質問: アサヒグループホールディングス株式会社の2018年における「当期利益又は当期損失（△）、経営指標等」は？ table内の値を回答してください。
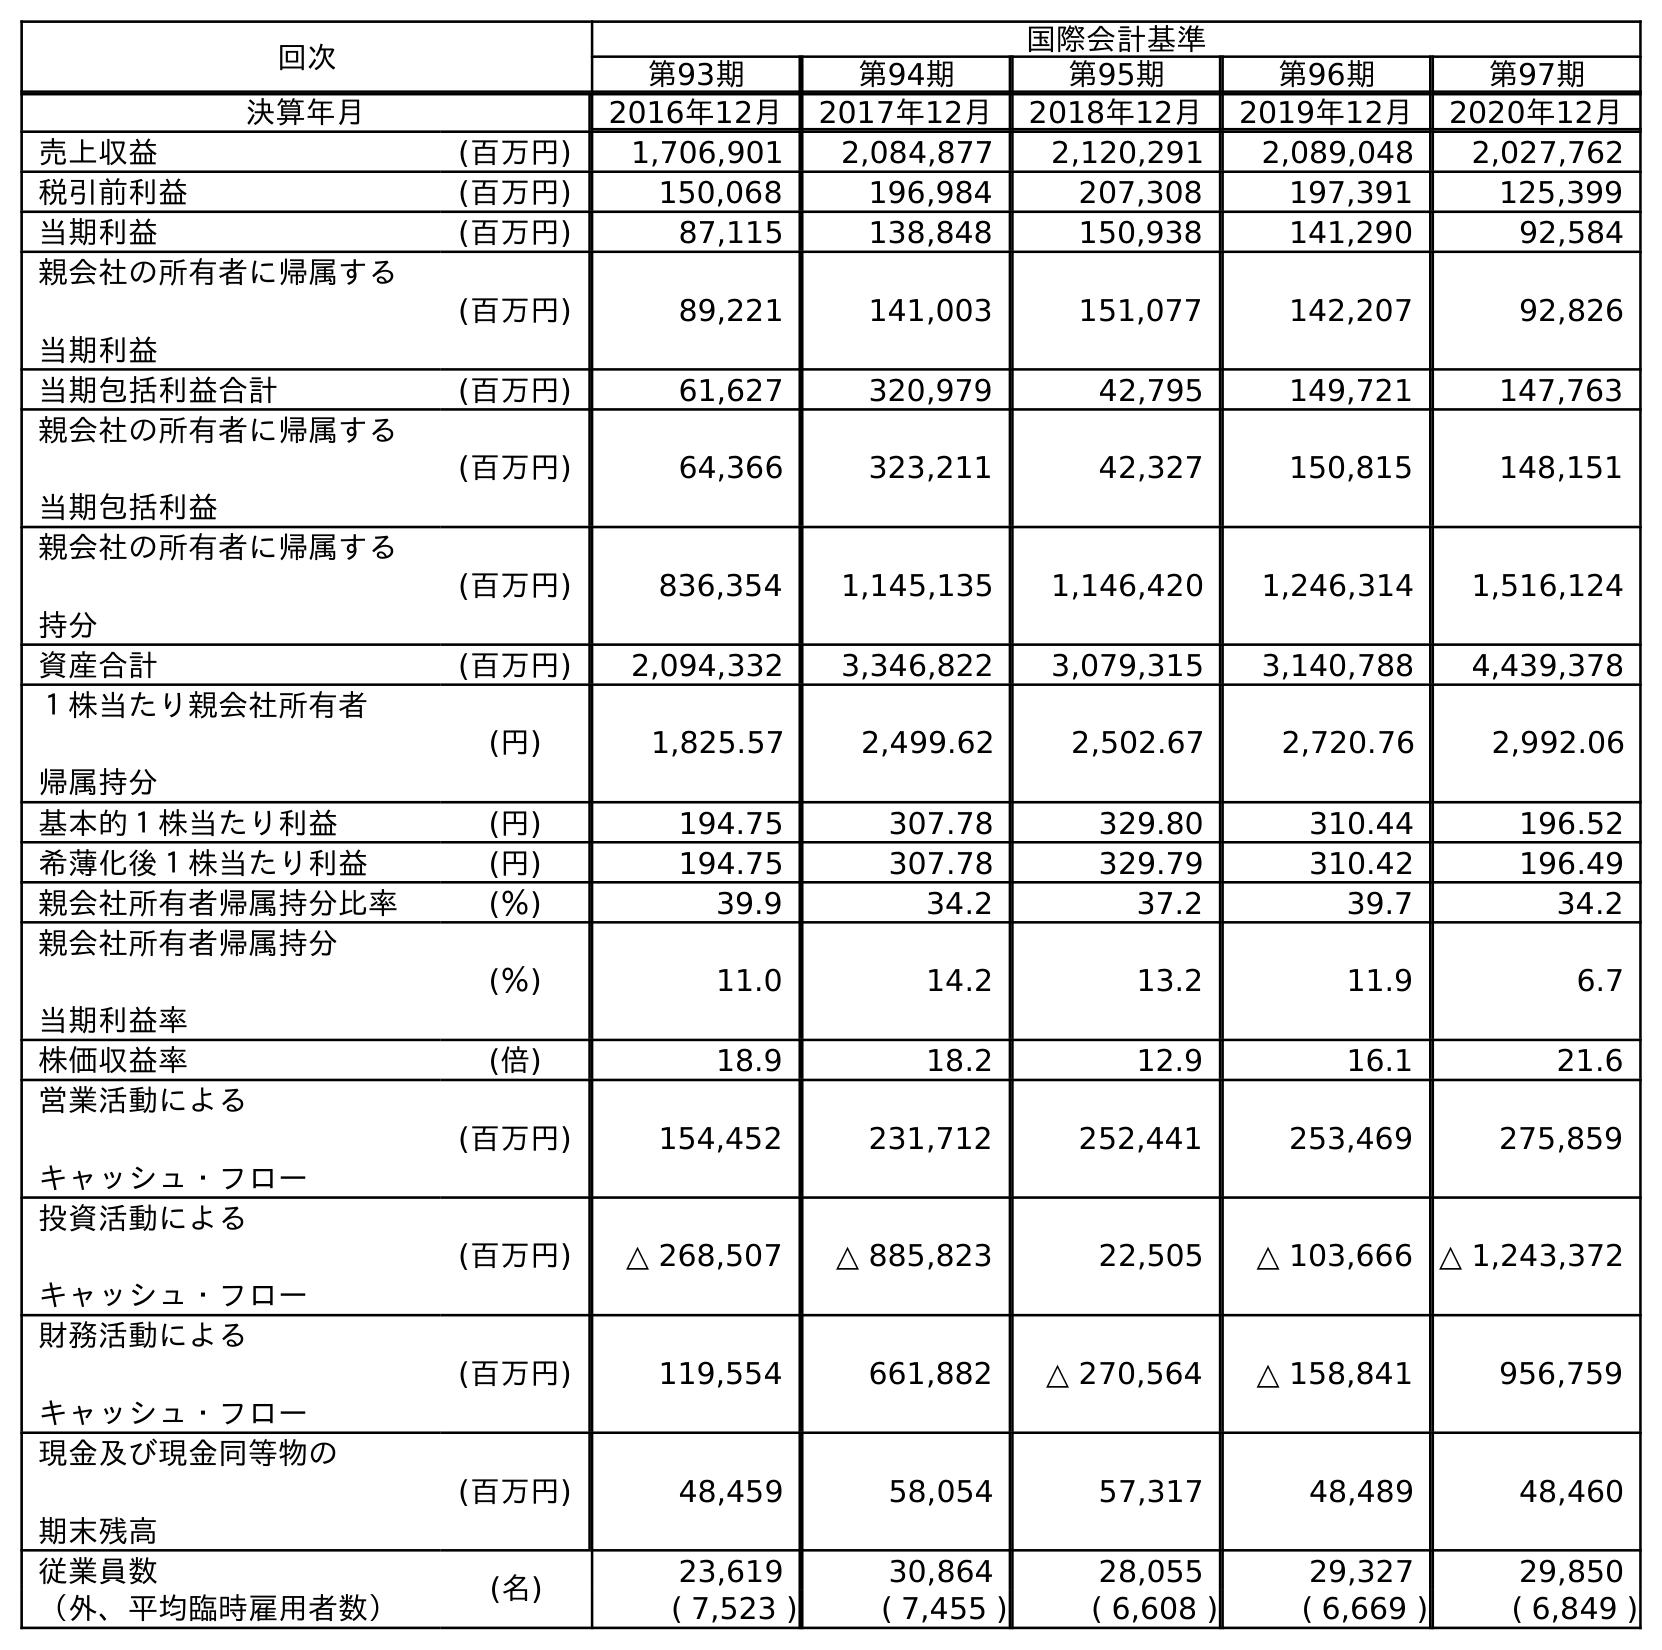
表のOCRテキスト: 回次 国際会計基準 第93期 第94期 第95期 第96期 第97期 決算年月 2016年12月 2017年12月 2018年12月 2019年12月 2020年12月 売上収益 (百万円) 1,706,901 2,084,877 2,120,291 2,089,048 2,027,762 税引前利益 (百万円) 150,068 196,984 207,308 197,391 125,399 当期利益 (百万円) 87,115 138,848 150,938 141,290 92,584 親会社の所有者に帰属する 当期利益 (百万円) 89,221 141,003 151,077 142,207 92,826 当期包括利益合計 (百万円) 61,627 320,979 42,795 149,721 147,763 親会社の所有者に帰属する 当期包括利益 (百万円) 64,366 323,211 42,327 150,815 148,151 親会社の所有者に帰属する 持分 (百万円) 836,354 1,145,135 1,146,420 1,246,314 1,516,124 資産合計 (百万円) 2,094,332 3,346,822 3,079,315 3,140,788 4,439,378 １株当たり親会社所有者 帰属持分 (円) 1,825.57 2,499.62 2,502.67 2,720.76 2,992.06 基本的１株当たり利益 (円) 194.75 307.78 329.80 310.44 196.52 希薄化後１株当たり利益 (円) 194.75 307.78 329.79 310.42 196.49 親会社所有者帰属持分比率 (％) 39.9 34.2 37.2 39.7 34.2 親会社所有者帰属持分 当期利益率 (％) 11.0 14.2 13.2 11.9 6.7 株価収益率 (倍) 18.9 18.2 12.9 16.1 21.6 営業活動による キャッシュ・フロー (百万円) 154,452 231,712 252,441 253,469 275,859 投資活動による キャッシュ・フロー (百万円) △ 268,507 △ 885,823 22,505 △ 103,666 △ 1,243,372 財務活動による キャッシュ・フロー (百万円) 119,554 661,882 △ 270,564 △ 158,841 956,759 現金及び現金同等物の 期末残高 (百万円) 48,459 58,054 57,317 48,489 48,460 従業員数 (名) 23,619 30,864 28,055 29,327 29,850 （外、平均臨時雇用者数） ( 7,523 ) ( 7,455 ) ( 6,608 ) ( 6,669 ) ( 6,849 )
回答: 150,938